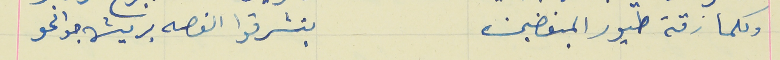
وكلما زقة طيور المبغضين                                        بتسَرقوا الغصه بريشة جوانحو